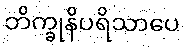
ဘိက္ခုနိပရိသာပေ